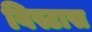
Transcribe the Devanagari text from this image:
विस्टास